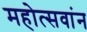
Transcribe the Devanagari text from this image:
महोत्सवांन